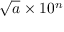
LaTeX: { \sqrt { a } } \times 1 0 ^ { n }